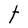
Character: t